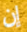
إن